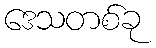
ဒေသတစ်ခု